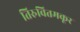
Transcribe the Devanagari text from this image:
तिरुवितमकूर